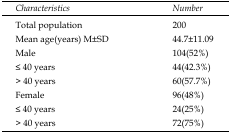
<table><thead><tr><td><b>Characteristics</b></td><td><b>Number</b></td></tr></thead><tbody><tr><td>Total population</td><td>200</td></tr><tr><td>Mean age(years) M±SD</td><td>44.7±11.09</td></tr><tr><td>Male</td><td>104(52%)</td></tr><tr><td>≤ 40 years</td><td>44(42.3%)</td></tr><tr><td>&gt; 40 years</td><td>60(57.7%)</td></tr><tr><td>Female</td><td>96(48%)</td></tr><tr><td>≤ 40 years</td><td>24(25%)</td></tr><tr><td>&gt; 40 years</td><td>72(75%)</td></tr></tbody></table>